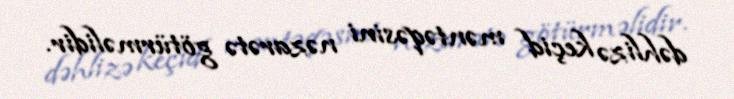
dəhlizə keçid məntəqəsini nəzarətə götürməlidir.